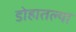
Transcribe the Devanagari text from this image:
डोहातल्या